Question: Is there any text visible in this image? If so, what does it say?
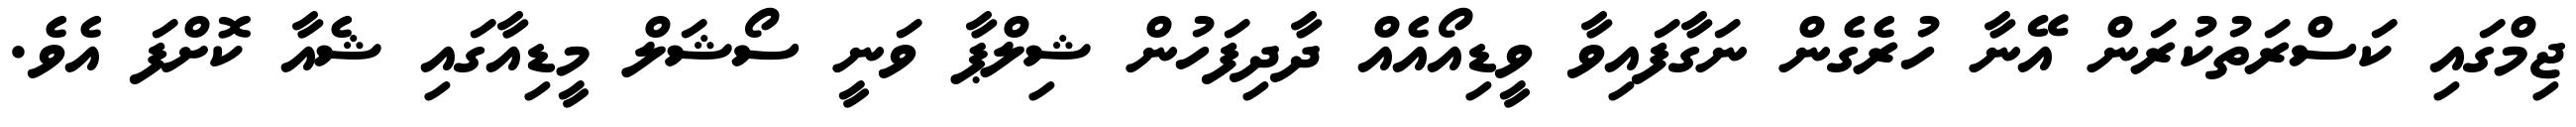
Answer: ޖިމްގައި ކަސްރަތުކުރަން އޭނާ ހުރެގެން ނަގާފައިވާ ވީޑިއޯއެއް ދާދިފަހުން ޝިލްޕާ ވަނީ ސޯޝަލް މީޑިއާގައި ޝެއާ ކޮށްފަ އެވެ.